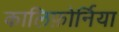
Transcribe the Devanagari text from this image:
कालिफ़ोर्निया